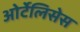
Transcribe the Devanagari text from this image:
ओर्टेलिसेस